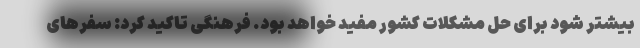
بیشتر شود برای حل مشکلات کشور مفید خواهد بود. فرهنگی تاکید کرد: سفرهای